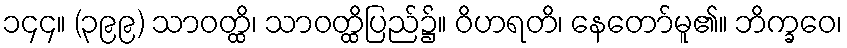
၁၄၄။ (၃၉၉) သာဝတ္ထိ၊ သာဝတ္ထိပြည်၌။ ဝိဟရတိ၊ နေတော်မူ၏။ ဘိက္ခဝေ၊